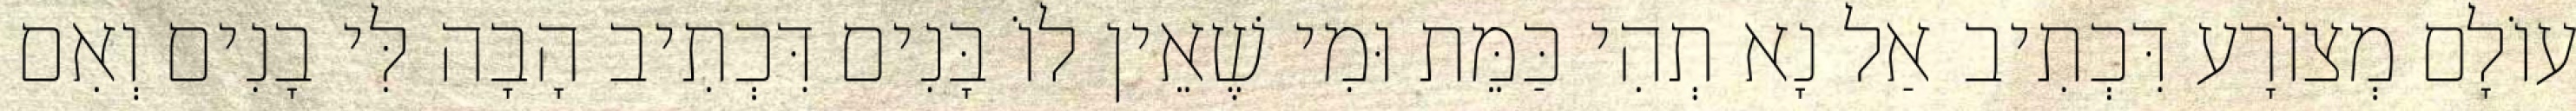
עוֹלָם מְצוֹרָע דִּכְתִיב אַל נָא תְהִי כַּמֵּת וּמִי שֶׁאֵין לוֹ בָּנִים דִּכְתִיב הָבָה לִּי בָנִים וְאִם